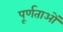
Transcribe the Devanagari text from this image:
पूर्णताओं